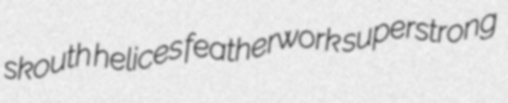
skouth helices featherwork superstrong